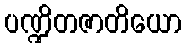
ပဏ္ဍိတဇာတိယော